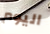
اليوم